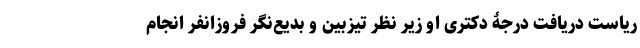
ریاست دریافت درجۀ دکتریِ او زیر نظر تیزبین و بدیع‌نگرِ فروزانفر انجام